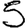
Digit: 5